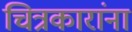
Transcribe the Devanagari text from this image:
चित्रकारांना